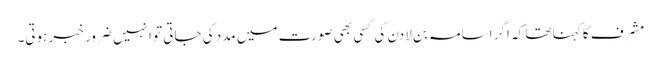
مشرف کا کہنا تھا کہ اگر اسامہ بن لادن کی کسی بھی صورت میں مدد کی جاتی تو انہیں ضرور خبر ہوتی۔